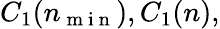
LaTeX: C_{1}(n_{\mathrm{~m~i~n~}}),C_{1}(n),